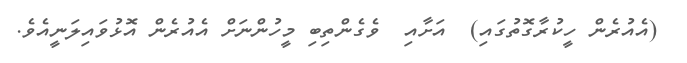
(އެއުރެން ހީކުރާގޮތުގައި)  އަށާއި  ވެގެންތިބި މީހުންނަށް އެއުރެން އޮޅުވައިލަނީއެވެ.